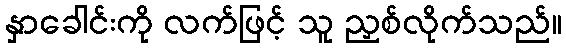
နှာခေါင်းကို လက်ဖြင့် သူ ညှစ်လိုက်သည်။